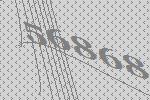
56868